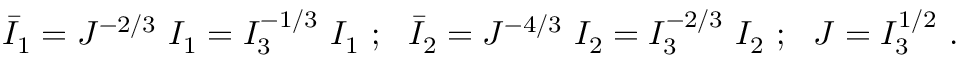
{ \bar { I } } _ { 1 } = J ^ { - 2 / 3 } ~ I _ { 1 } = I _ { 3 } ^ { - 1 / 3 } ~ I _ { 1 } ~ ; ~ ~ { \bar { I } } _ { 2 } = J ^ { - 4 / 3 } ~ I _ { 2 } = I _ { 3 } ^ { - 2 / 3 } ~ I _ { 2 } ~ ; ~ ~ J = I _ { 3 } ^ { 1 / 2 } ~ .